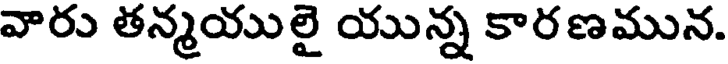
వారు తన్మయులై యున్న కారణమున.